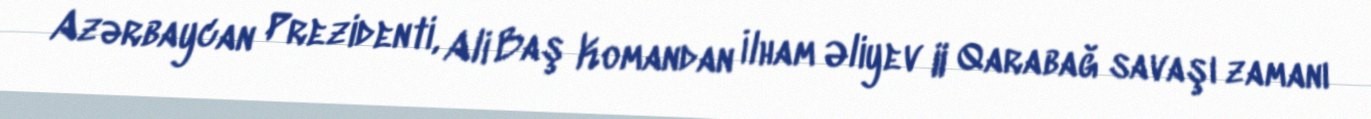
Azərbaycan Prezidenti, Ali Baş Komandan İlham Əliyev II Qarabağ savaşı zamanı